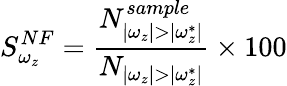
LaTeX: \displaystyle S_{\omega_{z}}^{NF}=\frac{N_{|\omega_{z}|>|\omega_{z}^{*}|}^{sample}}{N_{|\omega_{z}|>|\omega_{z}^{*}|}}\times 100